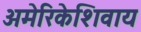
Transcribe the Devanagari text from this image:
अमेरिकेशिवाय